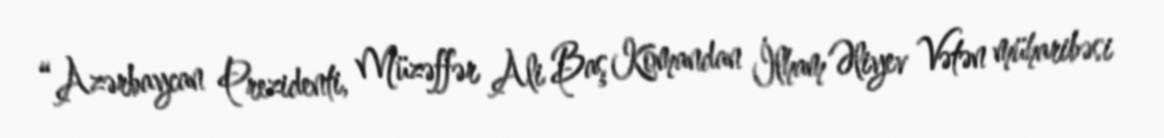
“Azərbaycan Prezidenti, Müzəffər Ali Baş Komandan İlham Əliyev Vətən müharibəsi